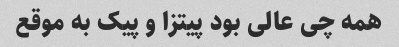
همه چی عالی بود پیتزا و پیک به موقع